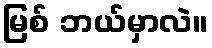
မြစ် ဘယ်မှာလဲ။